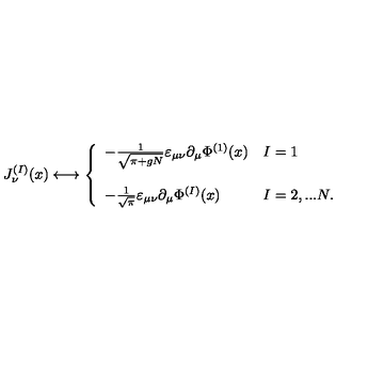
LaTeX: J _ { \nu } ^ { ( I ) } ( x ) \longleftrightarrow \left\{ \begin{array} { l l } { - \frac { 1 } { \sqrt { \pi + g N } } \varepsilon _ { \mu \nu } \partial _ { \mu } \Phi ^ { ( 1 ) } ( x ) } & { I = 1 } \\ { } & { } \\ { - \frac { 1 } { \sqrt { \pi } } \varepsilon _ { \mu \nu } \partial _ { \mu } \Phi ^ { ( I ) } ( x ) } & { I = 2 , . . . N . } \\ \end{array} \right.